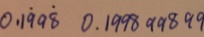
0 . 1 \dot { 9 } 9 \dot { 8 } 0 . 1 9 9 8 9 9 8 9 9